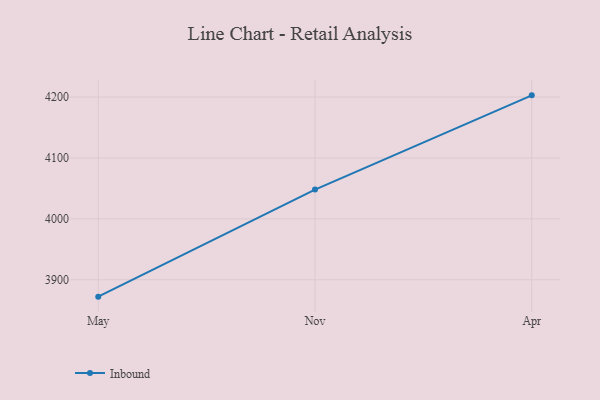
{"axis": {"x": "Month", "y": "Net Income (USD K)"}, "legend": ["Inbound"], "data": [{"x": "May", "y": 3872.3, "type": "Inbound"}, {"x": "Nov", "y": 4048.1, "type": "Inbound"}, {"x": "Apr", "y": 4202.8, "type": "Inbound"}]}